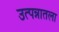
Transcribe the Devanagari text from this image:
उत्पन्नातला